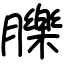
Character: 䑈